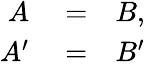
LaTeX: \begin{array}{rlr}{A}&{{}=}&{B,}\\ {A^{\prime}}&{{}=}&{B^{\prime}}\end{array}